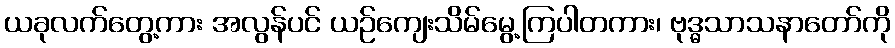
ယခုလက်တွေ့ကား အလွန်ပင် ယဉ်ကျေးသိမ်မွေ့ကြပါတကား၊ ဗုဒ္ဓသာသနာတော်ကို